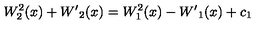
W _ { 2 } ^ { 2 } ( x ) + { W ^ { \prime } } _ { 2 } ( x ) = W _ { 1 } ^ { 2 } ( x ) - { W ^ { \prime } } _ { 1 } ( x ) + c _ { 1 }